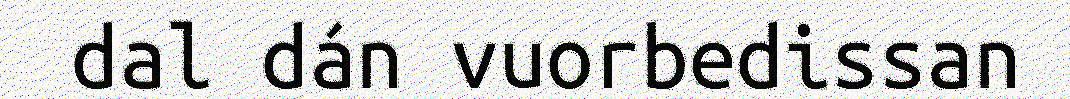
dal dán vuorbedissan